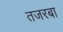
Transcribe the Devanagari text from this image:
तजरबा